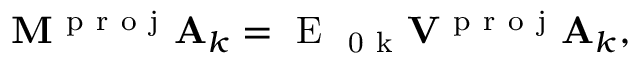
\begin{array} { r } { \mathbf { M ^ { \mathrm { ~ p ~ r ~ o ~ j ~ } } } \mathbf { A } _ { k } = \mathrm { ~ E ~ } _ { \mathrm { ~ 0 ~ k ~ } } \mathbf { V ^ { \mathrm { ~ p ~ r ~ o ~ j ~ } } } \mathbf { A } _ { k } , } \end{array}